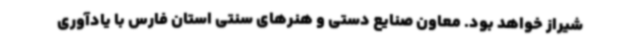
شیراز خواهد بود. معاون صنایع دستی و هنرهای سنتی استان فارس با یادآوری